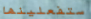
ستفعلينها